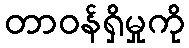
တာဝန်ရှိမှုကို